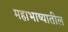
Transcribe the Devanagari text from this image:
महाभाष्यातील